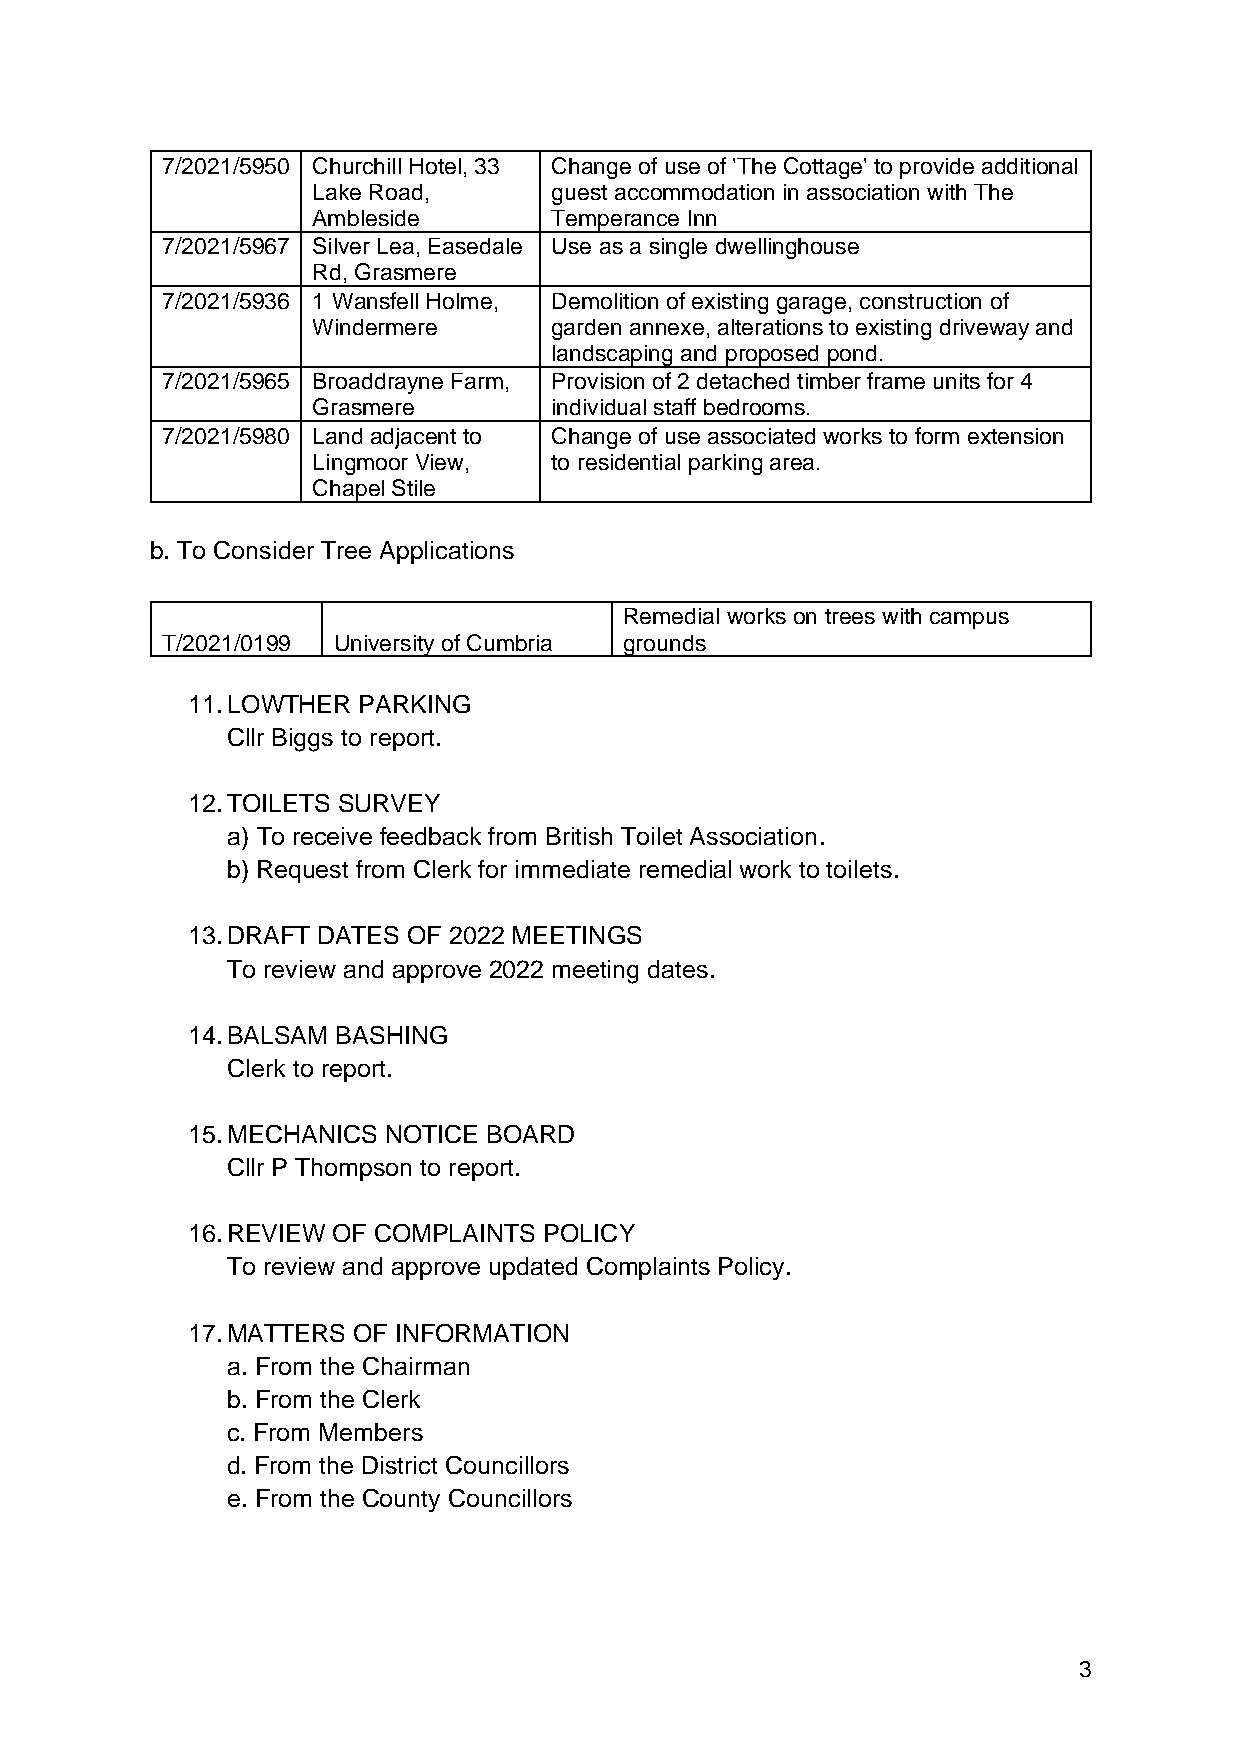
7/2021/5950 Churchill Hotel, 33 Change of use of 'The Cottage' to provide additional
 Lake Road,     guest accommodation in association with The
 Ambleside      Temperance Inn
 7/2021/5967 Silver Lea, Easedale Use as a single dwellinghouse
 Rd, Grasmere
 7/2021/5936 1 Wansfell Holme, Demolition of existing garage, construction of
 Windermere     garden annexe, alterations to existing driveway and
 landscaping and proposed pond.
 7/2021/5965 Broaddrayne Farm, Provision of 2 detached timber frame units for 4
 Grasmere       individual staff bedrooms.
 7/2021/5980 Land adjacent to Change of use associated works to form extension
 Lingmoor View, to residential parking area.
 Chapel Stile
 b. To Consider Tree Applications
 Remedial works on trees with campus
 T/2021/0199 University of Cumbria grounds
 11. LOWTHER PARKING
 Cllr Biggs to report.
 12. TOILETS SURVEY
 a) To receive feedback from British Toilet Association.
 b) Request from Clerk for immediate remedial work to toilets.
 13. DRAFT DATES OF 2022 MEETINGS
 To review and approve 2022 meeting dates.
 14. BALSAM BASHING
 Clerk to report.
 15. MECHANICS NOTICE BOARD
 Cllr P Thompson to report.
 16. REVIEW OF COMPLAINTS POLICY
 To review and approve updated Complaints Policy.
 17. MATTERS OF INFORMATION
 a. From the Chairman
 b. From the Clerk
 c. From Members
 d. From the District Councillors
 e. From the County Councillors
 3